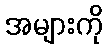
အများကို